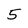
Character: 5